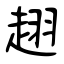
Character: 趐